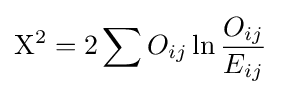
\mathrm {X} ^{2}=2\sum O_{ij}\ln {\frac {O_{ij}}{E_{ij}}}